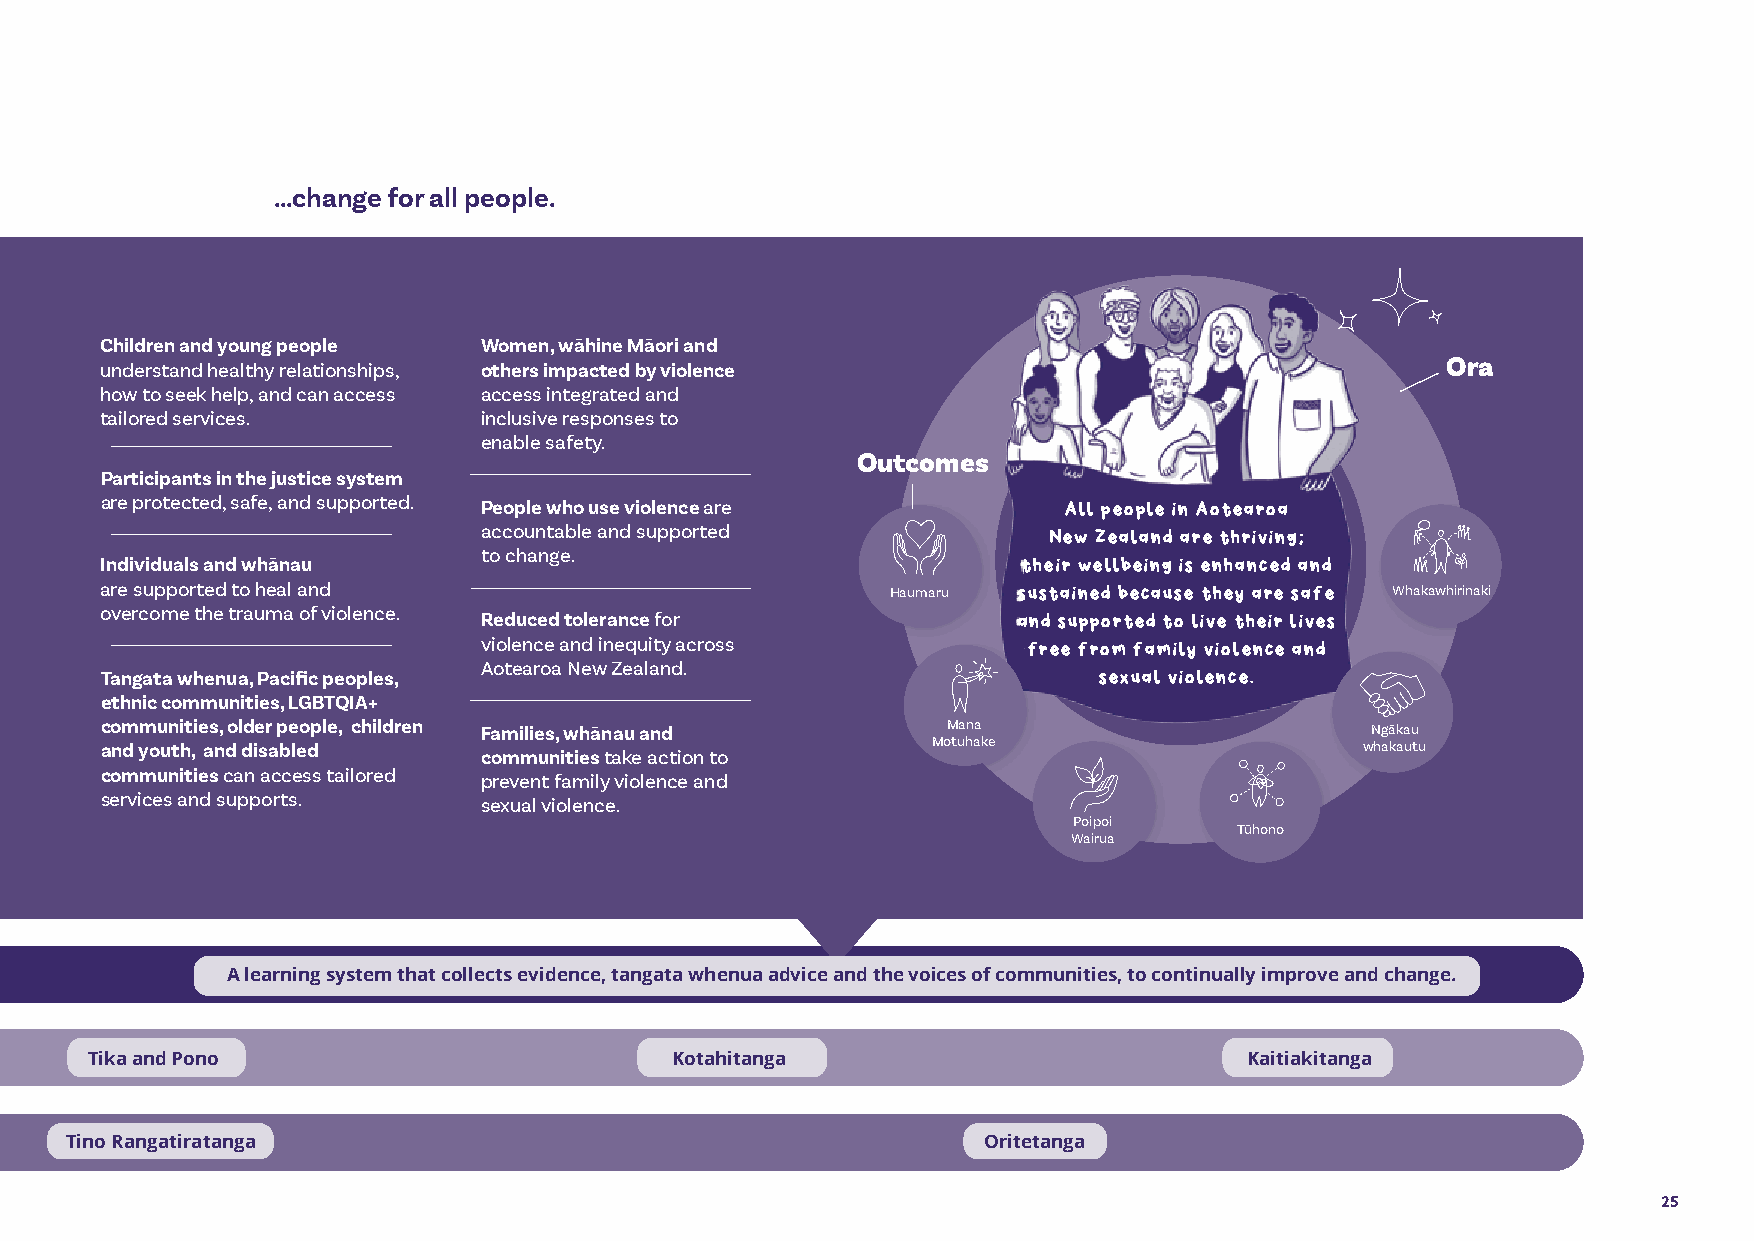
Te Aorerekura on a page
 We will change the way we work… …by creating a system that enables… …change for all people.
 Shift One – Towards strength-based wellbeing
 Shift Two – Towards mobilising communities
 Children and young people Women, wāhine Māori and
 understand healthy relationships, others impacted by violence                            Ora
 how to seek help, and can access access integrated and
 Shift Three – Towards skilled, culturally
 Government commitment tailored services. inclusive responses to
 competent and sustainable workforces
 to addressing the               enable safety.
 Outcomes
 underlying social Primary prevention
 Participants in the justice system
 conditions and norms. is aligned.
 Shift Four are protected, safe, and supported. People who use violence are All people in Aotearoa
 Towards                         accountable and supported            New Zealand are thriving;
 investment in Communities design, Workforces are skilled, Individuals and whānau to change. their wellbeing is enhanced and
 primary
 prevention lead and deliver solutions culturally competent and are supported to heal and Haumaru sustained because they are safe Whakawhirinaki
 to affect change. sustainable. overcome the trauma of violence. Reduced tolerance for and supported to live their lives
 violence and inequity across        free from family violence and
 People
 & whānau Government and Services are joined up, Tangata whenua, Pacific peoples, Aotearoa New Zealand. sexual violence.
 Shift Five Shift Six
 Towards safe, Towards communities work timely and easy to navigate. ethnic communities, LGBTQIA+
 accessible and increased better together. communities, older people, children Families, whānau and Mana Ngākau
 integrated capacity for and youth, and disabled communities take action to Motuhake       whakautu
 responses healing communities can access tailored prevent family violence and
 services and supports.
 sexual violence.
 Poipoi
 Tūhono
 Wairua
 Learning and Monitoring Progress A learning system that collects evidence, tangata whenua advice and the voices of communities, to continually improve and change.
 Principles Equity and Inclusion Aroha Tika and Pono Kotahitanga                    Kaitiakitanga
 Te Tiriti o Waitangi Kawanatanga Tino Rangatiratanga             Oritetanga
 25